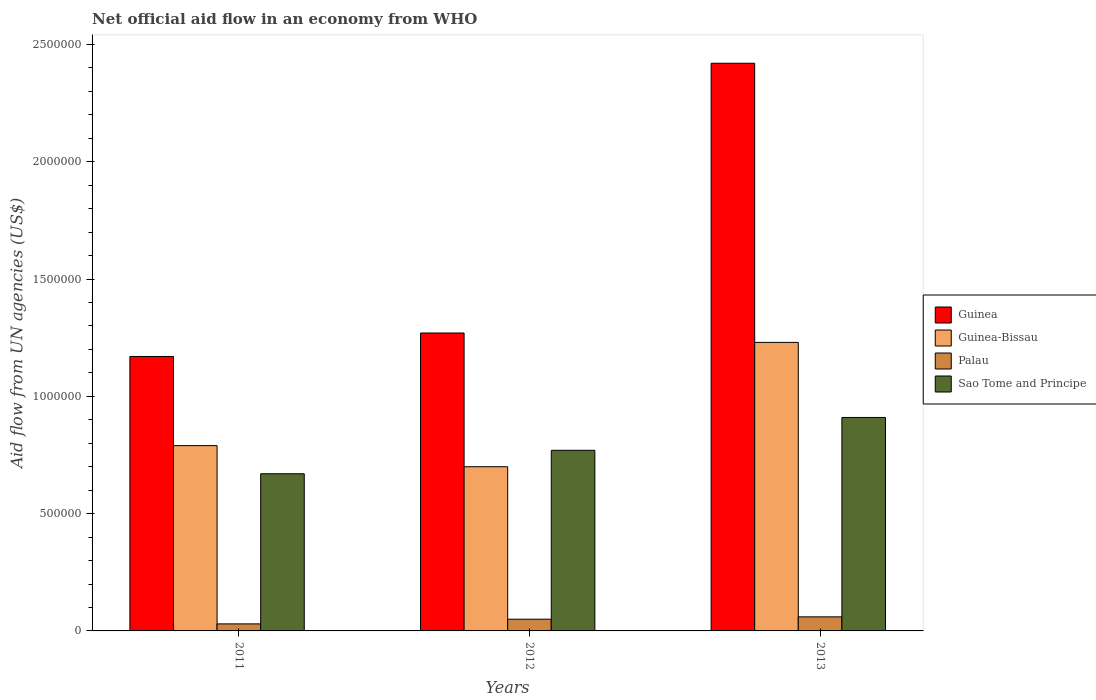
| Years | Guinea | Guinea-Bissau | Palau | Sao Tome and Principe |
 | --- | --- | --- | --- | --- |
 | 2011 | 1.17e+06 | 7.9e+05 | 3e+04 | 6.7e+05 |
 | 2012 | 1.27e+06 | 7e+05 | 5e+04 | 7.7e+05 |
 | 2013 | 2.42e+06 | 1.23e+06 | 6e+04 | 9.1e+05 |